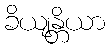
ခိယျန္တိယာ